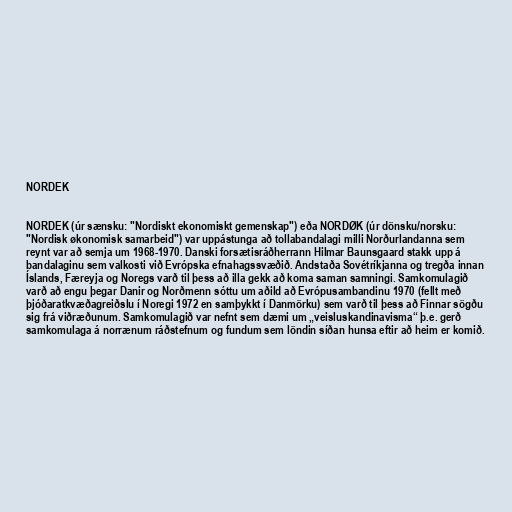
NORDEK

NORDEK (úr sænsku: "Nordiskt ekonomiskt gemenskap") eða NORDØK (úr dönsku/norsku:
"Nordisk økonomisk samarbeid") var uppástunga að tollabandalagi milli Norðurlandanna sem
reynt var að semja um 1968-1970. Danski forsætisráðherrann Hilmar Baunsgaard stakk upp á
bandalaginu sem valkosti við Evrópska efnahagssvæðið. Andstaða Sovétríkjanna og tregða innan
Íslands, Færeyja og Noregs varð til þess að illa gekk að koma saman samningi. Samkomulagið
varð að engu þegar Danir og Norðmenn sóttu um aðild að Evrópusambandinu 1970 (fellt með
þjóðaratkvæðagreiðslu í Noregi 1972 en samþykkt í Danmörku) sem varð til þess að Finnar sögðu
sig frá viðræðunum. Samkomulagið var nefnt sem dæmi um „veisluskandinavisma“ þ.e. gerð
samkomulaga á norrænum ráðstefnum og fundum sem löndin síðan hunsa eftir að heim er komið.